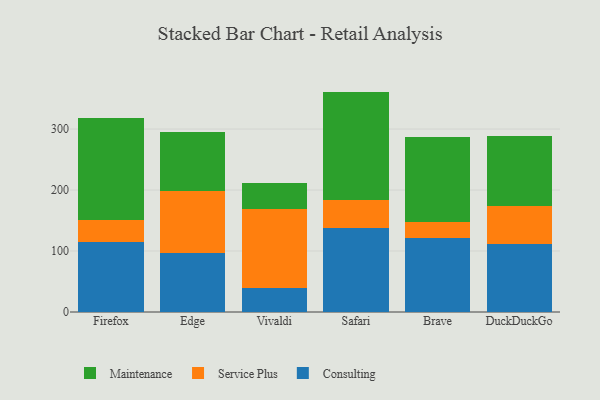
{"axis": {"x": "Browser", "y": "Market Share (%)"}, "legend": ["Consulting", "Maintenance", "Service Plus"], "data": [{"x": "Firefox", "y": 114.2, "type": "Consulting"}, {"x": "Firefox", "y": 37.0, "type": "Service Plus"}, {"x": "Firefox", "y": 166.4, "type": "Maintenance"}, {"x": "Edge", "y": 97.4, "type": "Consulting"}, {"x": "Edge", "y": 101.4, "type": "Service Plus"}, {"x": "Edge", "y": 95.6, "type": "Maintenance"}, {"x": "Vivaldi", "y": 39.5, "type": "Consulting"}, {"x": "Vivaldi", "y": 130.1, "type": "Service Plus"}, {"x": "Vivaldi", "y": 41.2, "type": "Maintenance"}, {"x": "Safari", "y": 137.1, "type": "Consulting"}, {"x": "Safari", "y": 46.1, "type": "Service Plus"}, {"x": "Safari", "y": 178.2, "type": "Maintenance"}, {"x": "Brave", "y": 121.0, "type": "Consulting"}, {"x": "Brave", "y": 27.0, "type": "Service Plus"}, {"x": "Brave", "y": 139.3, "type": "Maintenance"}, {"x": "DuckDuckGo", "y": 111.9, "type": "Consulting"}, {"x": "DuckDuckGo", "y": 61.3, "type": "Service Plus"}, {"x": "DuckDuckGo", "y": 115.1, "type": "Maintenance"}]}